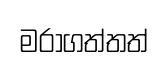
මරාගත්තත්